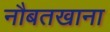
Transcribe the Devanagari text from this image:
नौबतखाना